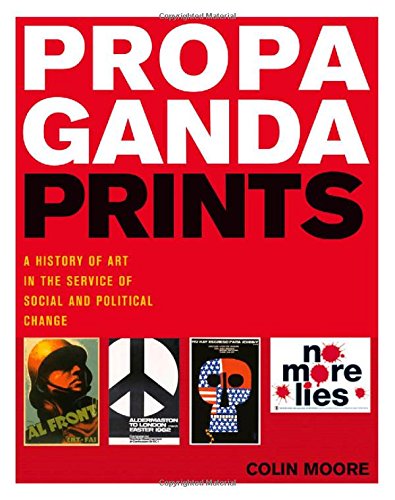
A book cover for Propaganda Prints: A History of Art in the Service of Social and Political Change; Colin Moore; Arts & Photography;